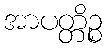
အာပတ္တိဉ္စ